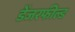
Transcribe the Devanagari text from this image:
डेंजरफील्ड